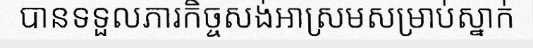
បានទទួលភារកិច្ចសង់អាស្រមសម្រាប់ស្នាក់